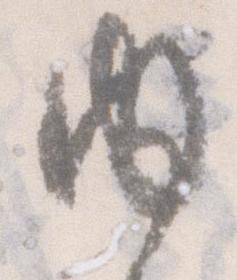
内